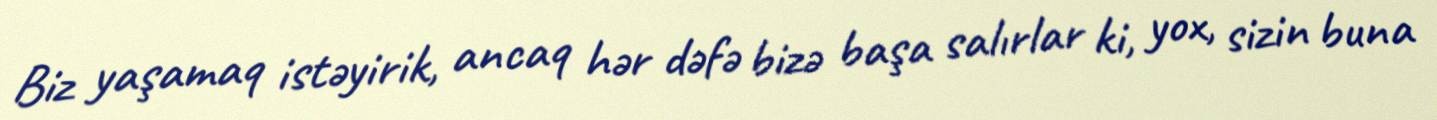
Biz yaşamaq istəyirik, ancaq hər dəfə bizə başa salırlar ki, yox, sizin buna